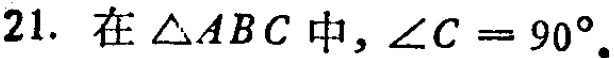
21. 在$\triangle ABC$中，$\angle C = 90^{\circ}$。